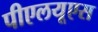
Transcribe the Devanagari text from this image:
पीएलयूएस